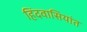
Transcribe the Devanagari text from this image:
हिंदवासियांत